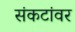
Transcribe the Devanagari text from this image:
संकटांवर